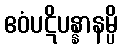
ဧဝံပဋိပန္နာနမ္ပိ